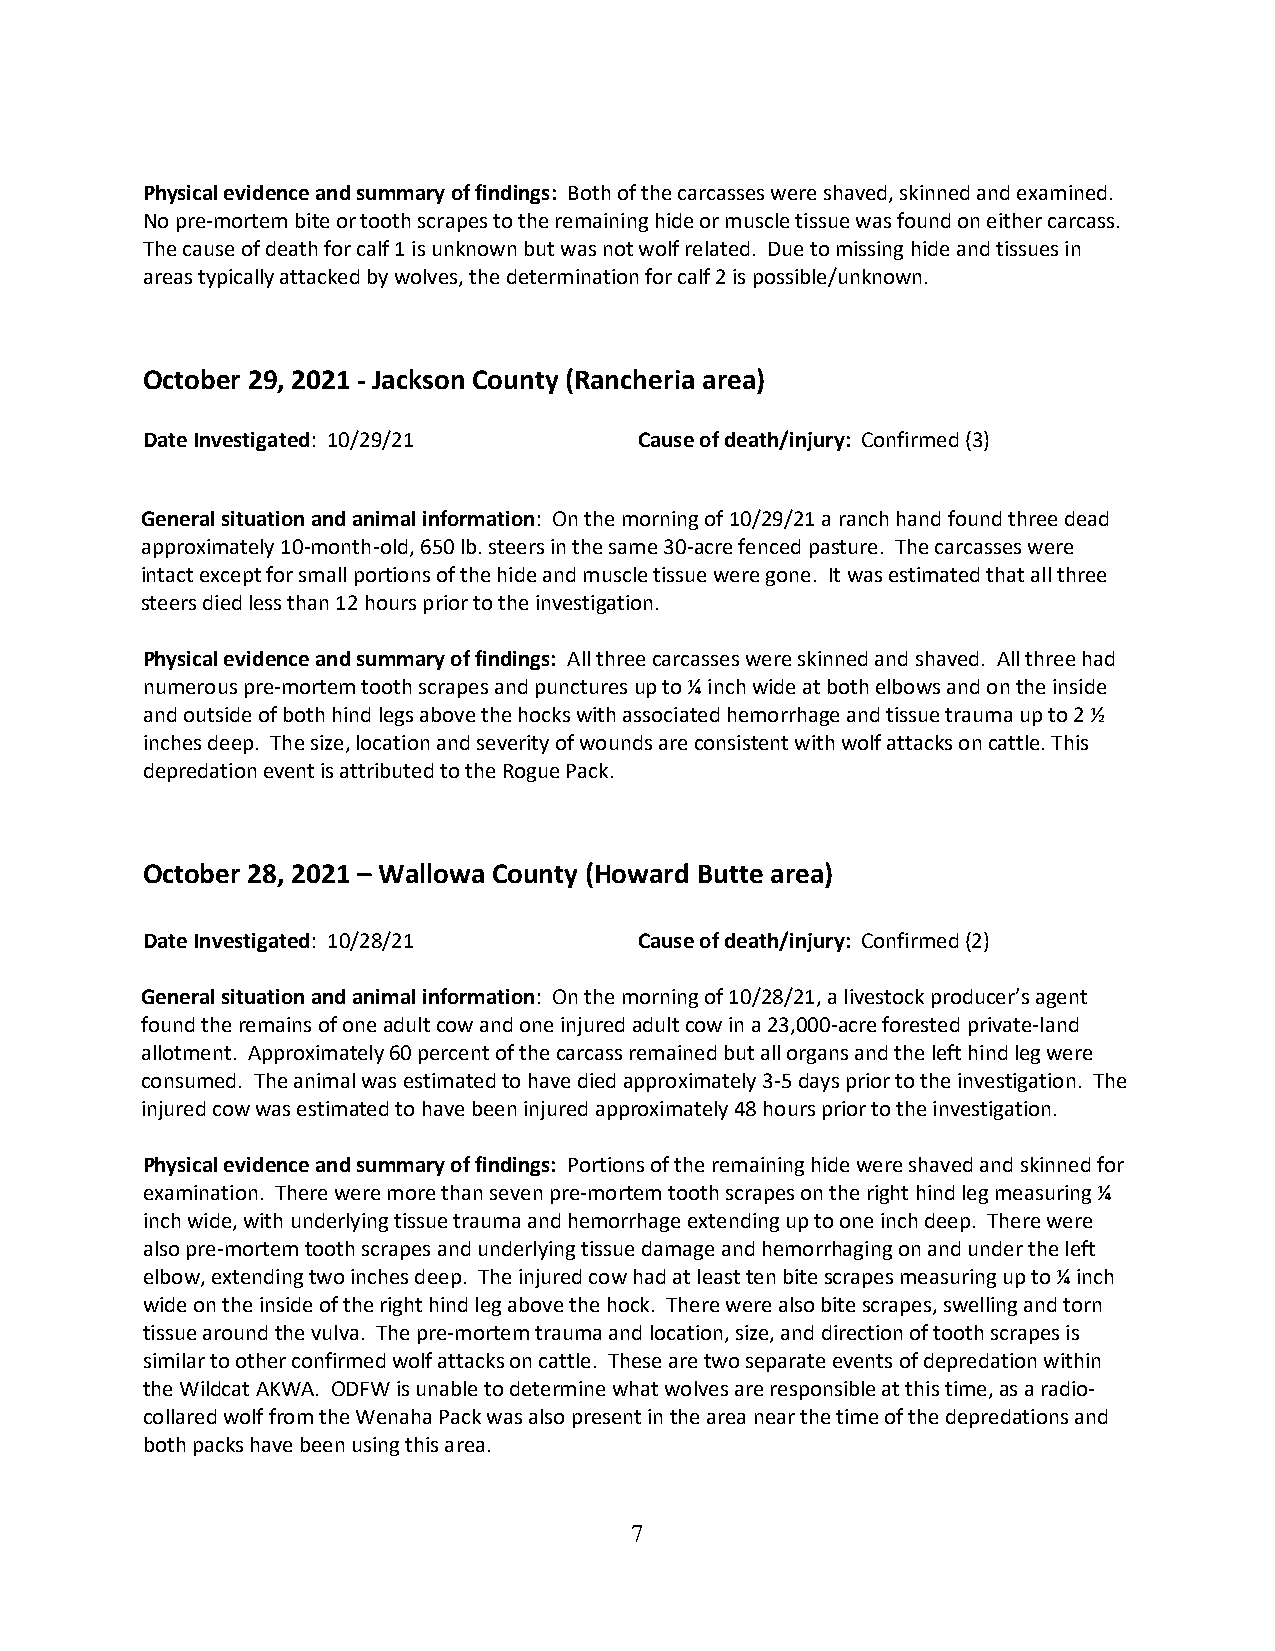
Physical evidence and summary of findings: Both of the carcasses were shaved, skinned and examined.
 No pre-mortem bite or tooth scrapes to the remaining hide or muscle tissue was found on either carcass.
 The cause of death for calf 1 is unknown but was not wolf related. Due to missing hide and tissues in
 areas typically attacked by wolves, the determination for calf 2 is possible/unknown.
 October 29, 2021 - Jackson County (Rancheria area)
 Date Investigated: 10/29/21      Cause of death/injury: Confirmed (3)
 General situation and animal information: On the morning of 10/29/21 a ranch hand found three dead
 approximately 10-month-old, 650 lb. steers in the same 30-acre fenced pasture. The carcasses were
 intact except for small portions of the hide and muscle tissue were gone. It was estimated that all three
 steers died less than 12 hours prior to the investigation.
 Physical evidence and summary of findings: All three carcasses were skinned and shaved. All three had
 numerous pre-mortem tooth scrapes and punctures up to ¼ inch wide at both elbows and on the inside
 and outside of both hind legs above the hocks with associated hemorrhage and tissue trauma up to 2 ½
 inches deep. The size, location and severity of wounds are consistent with wolf attacks on cattle. This
 depredation event is attributed to the Rogue Pack.
 October 28, 2021 – Wallowa County (Howard Butte area)
 Date Investigated: 10/28/21      Cause of death/injury: Confirmed (2)
 General situation and animal information: On the morning of 10/28/21, a livestock producer’s agent
 found the remains of one adult cow and one injured adult cow in a 23,000-acre forested private-land
 allotment. Approximately 60 percent of the carcass remained but all organs and the left hind leg were
 consumed. The animal was estimated to have died approximately 3-5 days prior to the investigation. The
 injured cow was estimated to have been injured approximately 48 hours prior to the investigation.
 Physical evidence and summary of findings: Portions of the remaining hide were shaved and skinned for
 examination. There were more than seven pre-mortem tooth scrapes on the right hind leg measuring ¼
 inch wide, with underlying tissue trauma and hemorrhage extending up to one inch deep. There were
 also pre-mortem tooth scrapes and underlying tissue damage and hemorrhaging on and under the left
 elbow, extending two inches deep. The injured cow had at least ten bite scrapes measuring up to ¼ inch
 wide on the inside of the right hind leg above the hock. There were also bite scrapes, swelling and torn
 tissue around the vulva. The pre-mortem trauma and location, size, and direction of tooth scrapes is
 similar to other confirmed wolf attacks on cattle. These are two separate events of depredation within
 the Wildcat AKWA. ODFW is unable to determine what wolves are responsible at this time, as a radio-
 collared wolf from the Wenaha Pack was also present in the area near the time of the depredations and
 both packs have been using this area.
 7